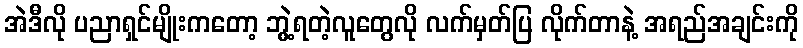
အဲဒီလို ပညာရှင်မျိုးကတော့ ဘွဲ့ရတဲ့လူတွေလို လက်မှတ်ပြ လိုက်တာနဲ့ အရည်အချင်းကို